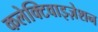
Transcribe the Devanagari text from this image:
कलेक्टिवाइज़ेशन